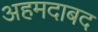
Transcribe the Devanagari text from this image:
अहमदाबद